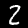
Label: 2